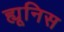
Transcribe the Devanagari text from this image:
ह्यूनिस